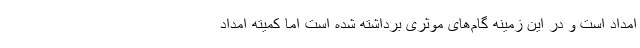
امداد است و در این زمینه گام‌های موثری برداشته شده است اما کمیته امداد